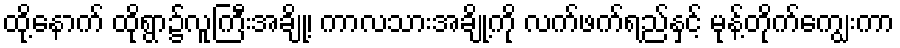
ထို့နောက် ထိုရွာ၌လူကြီးအချို့၊ ကာလသားအချို့ကို လက်ဖက်ရည်နှင့် မုန့်တိုက်ကျွေးကာ